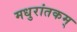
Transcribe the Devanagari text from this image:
मधुरांतकम्